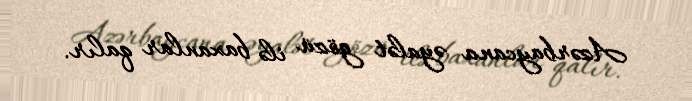
Azərbaycana əyalət gözü ilə baxanlar qalır.